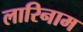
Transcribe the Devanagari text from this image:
लारिनाम